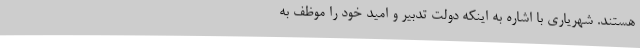
هستند. شهریاری با اشاره به اینکه دولت تدبیر و امید خود را موظف به